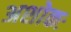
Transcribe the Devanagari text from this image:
अशोकः